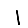
Digit: 1